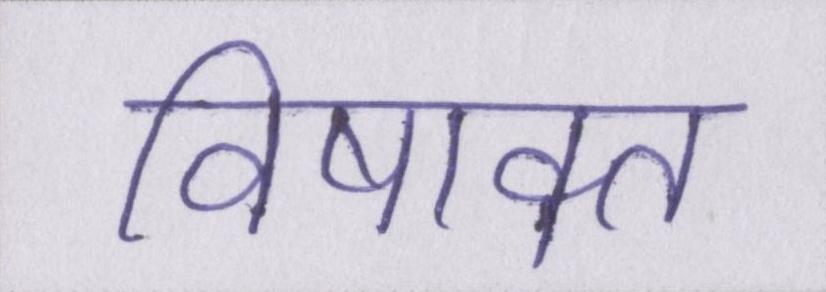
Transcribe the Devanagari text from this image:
विषाक्त